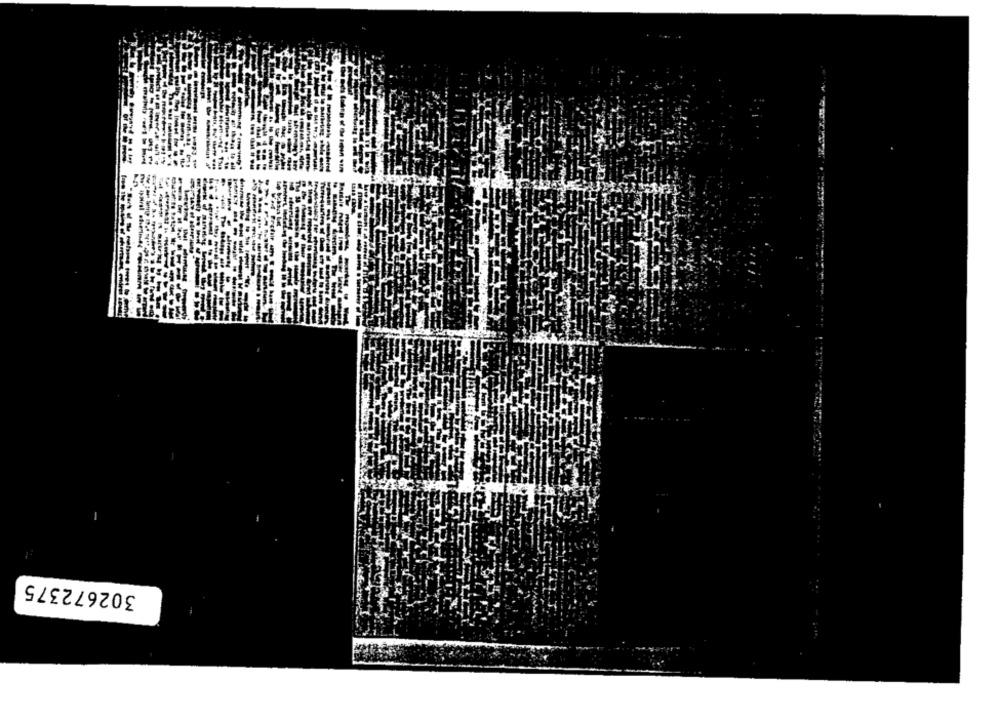
302672375